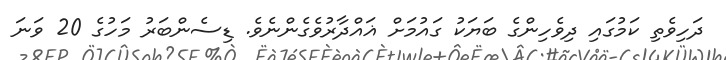
ދަހިވެތި ކަމުގައި ދިވެހިންގެ ބަޔަކު ގައުމަށް ޣައްދާރުވެގެންނެވެ. ޑިސެންބަރު މަހުގެ 20 ވަނަ